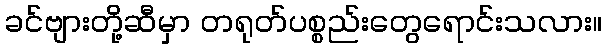
ခင်ဗျားတို့ဆီမှာ တရုတ်ပစ္စည်းတွေရောင်းသလား။